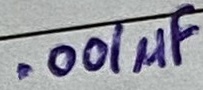
Text: .001µF